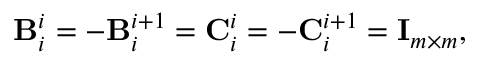
\mathbf { B } _ { i } ^ { i } = - \mathbf { B } _ { i } ^ { i + 1 } = \mathbf { C } _ { i } ^ { i } = - \mathbf { C } _ { i } ^ { i + 1 } = \mathbf { I } _ { m \times m } ,